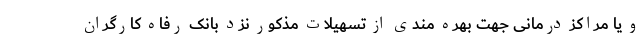
و یا مراکز درمانی جهت بهره مندی از تسهیلات مذکور نزد بانک رفاه کارگران